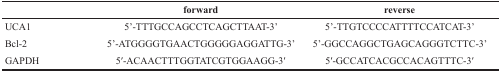
<table><thead><tr><td></td><td><b>forward</b></td><td><b>reverse</b></td></tr></thead><tbody><tr><td>UCA1</td><td>5’-TTTGCCAGCCTCAGCTTAAT-3’</td><td>5’-TTGTCCCCATTTTCCATCAT-3’</td></tr><tr><td>Bcl-2</td><td>5’-ATGGGGTGAACTGGGGGAGGATTG-3’</td><td>5’-GGCCAGGCTGAGCAGGGTCTTC-3’</td></tr><tr><td>GAPDH</td><td>5′-ACAACTTTGGTATCGTGGAAGG-3′</td><td>5′-GCCATCACGCCACAGTTTC-3′</td></tr></tbody></table>